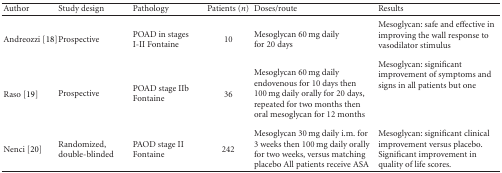
| Author | Study design | Pathology | Patients (n) | Doses/route | Results |
 | --- | --- | --- | --- | --- | --- |
 | Andreozzi [18] | Prospective | POAD in stages I-II Fontaine | 10 | Mesoglycan 60 mg daily for 20 days | Mesoglycan: safe and effective in improving the wall response to vasodilator stimulus |
 | Raso [19] | Prospective | POAD stage IIb Fontaine | 36 | Mesoglycan 60 mg daily endovenous for 10 days then 100 mg daily orally for 20 days, repeated for two months then oral mesoglycan for 12 months | Mesoglycan: significant improvement of symptoms and signs in all patients but one |
 | Nenci [20] | Randomized, double-blinded | PAOD stage II Fontaine | 242 | Mesoglycan 30 mg daily i.m. for 3 weeks then 100 mg daily orally for two weeks, versus matching placebo All patients receive ASA | Mesoglycan: significant clinical improvement versus placebo. Significant improvement in quality of life scores. |